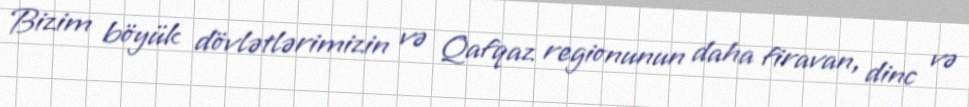
Bizim böyük dövlətlərimizin və Qafqaz regionunun daha firavan, dinc və